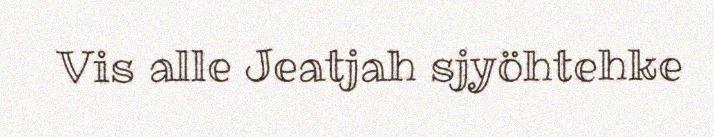
Vis alle Jeatjah sjyöhtehke